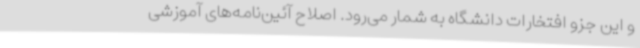
و این جزو افتخارات دانشگاه به شمار می‌رود. اصلاح آئین‌نامه‌های آموزشی